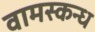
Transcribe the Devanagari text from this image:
वामस्कन्ध